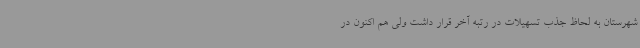
شهرستان به لحاظ جذب تسهیلات در رتبه آخر قرار داشت ولی هم اکنون در